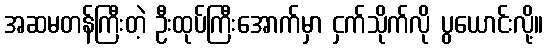
အဆမတန်ကြီးတဲ့ ဦးထုပ်ကြီးအောက်မှာ ငှက်သိုက်လို ပွယောင်းလို့။